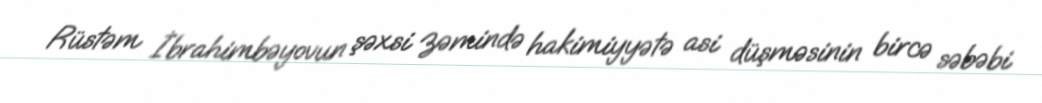
Rüstəm İbrahimbəyovun şəxsi zəmində hakimiyyətə asi düşməsinin bircə səbəbi